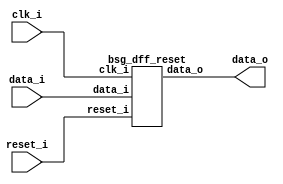
// This program was cloned from: https://github.com/chipsalliance/UHDM-integration-tests
// License: Apache License 2.0



module top
(
  clk_i,
  reset_i,
  data_i,
  data_o
);

  input [15:0] data_i;
  output [15:0] data_o;
  input clk_i;
  input reset_i;

  bsg_dff_reset
  wrapper
  (
    .data_i(data_i),
    .data_o(data_o),
    .clk_i(clk_i),
    .reset_i(reset_i)
  );


endmodule



module bsg_dff_reset
(
  clk_i,
  reset_i,
  data_i,
  data_o
);

  input [15:0] data_i;
  output [15:0] data_o;
  input clk_i;
  input reset_i;
  wire [15:0] data_o;
  reg data_o_15_sv2v_reg,data_o_14_sv2v_reg,data_o_13_sv2v_reg,data_o_12_sv2v_reg,
  data_o_11_sv2v_reg,data_o_10_sv2v_reg,data_o_9_sv2v_reg,data_o_8_sv2v_reg,
  data_o_7_sv2v_reg,data_o_6_sv2v_reg,data_o_5_sv2v_reg,data_o_4_sv2v_reg,data_o_3_sv2v_reg,
  data_o_2_sv2v_reg,data_o_1_sv2v_reg,data_o_0_sv2v_reg;
  assign data_o[15] = data_o_15_sv2v_reg;
  assign data_o[14] = data_o_14_sv2v_reg;
  assign data_o[13] = data_o_13_sv2v_reg;
  assign data_o[12] = data_o_12_sv2v_reg;
  assign data_o[11] = data_o_11_sv2v_reg;
  assign data_o[10] = data_o_10_sv2v_reg;
  assign data_o[9] = data_o_9_sv2v_reg;
  assign data_o[8] = data_o_8_sv2v_reg;
  assign data_o[7] = data_o_7_sv2v_reg;
  assign data_o[6] = data_o_6_sv2v_reg;
  assign data_o[5] = data_o_5_sv2v_reg;
  assign data_o[4] = data_o_4_sv2v_reg;
  assign data_o[3] = data_o_3_sv2v_reg;
  assign data_o[2] = data_o_2_sv2v_reg;
  assign data_o[1] = data_o_1_sv2v_reg;
  assign data_o[0] = data_o_0_sv2v_reg;

  always @(posedge clk_i) begin
    if(reset_i) begin
      data_o_15_sv2v_reg <= 1'b0;
      data_o_14_sv2v_reg <= 1'b0;
      data_o_13_sv2v_reg <= 1'b0;
      data_o_12_sv2v_reg <= 1'b0;
      data_o_11_sv2v_reg <= 1'b0;
      data_o_10_sv2v_reg <= 1'b0;
      data_o_9_sv2v_reg <= 1'b0;
      data_o_8_sv2v_reg <= 1'b0;
      data_o_7_sv2v_reg <= 1'b0;
      data_o_6_sv2v_reg <= 1'b0;
      data_o_5_sv2v_reg <= 1'b0;
      data_o_4_sv2v_reg <= 1'b0;
      data_o_3_sv2v_reg <= 1'b0;
      data_o_2_sv2v_reg <= 1'b0;
      data_o_1_sv2v_reg <= 1'b0;
      data_o_0_sv2v_reg <= 1'b0;
    end else if(1'b1) begin
      data_o_15_sv2v_reg <= data_i[15];
      data_o_14_sv2v_reg <= data_i[14];
      data_o_13_sv2v_reg <= data_i[13];
      data_o_12_sv2v_reg <= data_i[12];
      data_o_11_sv2v_reg <= data_i[11];
      data_o_10_sv2v_reg <= data_i[10];
      data_o_9_sv2v_reg <= data_i[9];
      data_o_8_sv2v_reg <= data_i[8];
      data_o_7_sv2v_reg <= data_i[7];
      data_o_6_sv2v_reg <= data_i[6];
      data_o_5_sv2v_reg <= data_i[5];
      data_o_4_sv2v_reg <= data_i[4];
      data_o_3_sv2v_reg <= data_i[3];
      data_o_2_sv2v_reg <= data_i[2];
      data_o_1_sv2v_reg <= data_i[1];
      data_o_0_sv2v_reg <= data_i[0];
    end 
  end


endmodule